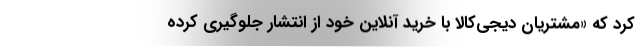
کرد که «مشتریان دیجی‌کالا با خرید آنلاین خود از انتشار جلوگیری کرده